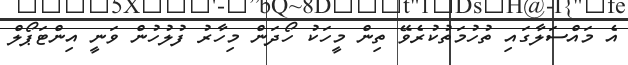
އެ މައްސަލާގައި ތުހުމަތުކުރެވޭ ތިން މީހަކު ހޯދަން މިހާރު ފުލުހުން ވަނީ އިންޓަޕޯލް